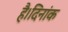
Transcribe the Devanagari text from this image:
है।दिनांक